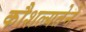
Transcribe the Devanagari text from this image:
कौशल्यतेने